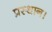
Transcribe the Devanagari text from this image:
प्रस्थान।